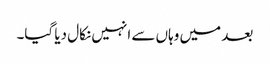
بعد میں وہاں سے انہیں نکال دیا گیا۔